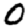
Digit: 0